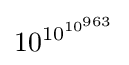
10^{\,\!10^{10^{963}}}